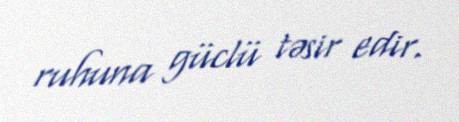
ruhuna güclü təsir edir.